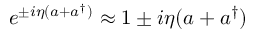
e ^ { \pm i \eta ( a + a ^ { \dagger } ) } \approx 1 \pm i \eta ( a + a ^ { \dagger } )